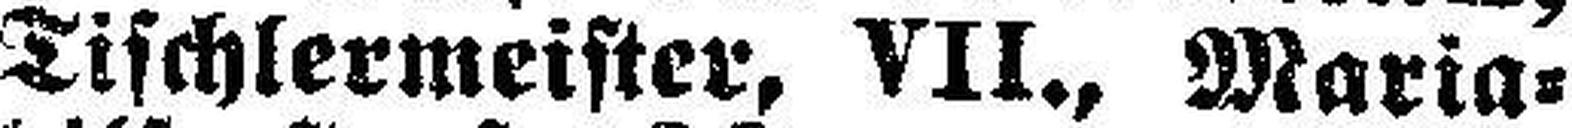
Tischlermeister, VII., Maria¬